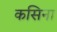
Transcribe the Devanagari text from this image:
कसिना